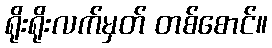
ရိုးရိုးလက်မှတ် တစ်စောင်။